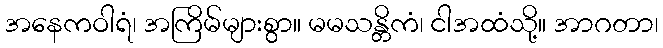
အနေကဝါရံ၊ အကြိမ်များစွာ။ မမသန္တိကံ၊ ငါအထံသို့။ အာဂတာ၊